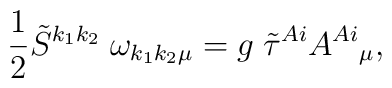
\frac{1}{2} \tilde{S}^{k_1k_2}\; \omega_{k_1 k_2 \mu} =g \; \tilde{\tau}^{Ai} A^{Ai}{ }_{\mu},